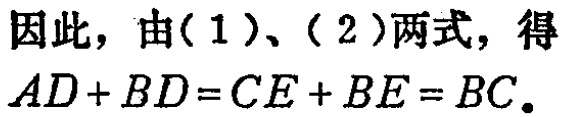
因此，由(1)、(2)两式，得
\(AD + BD = CE + BE = BC.\)